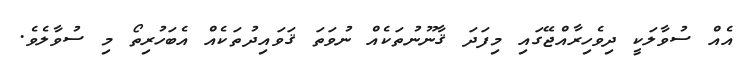
އެއް ސުވާލަކީ ދިވެހިރާއްޖޭގައި މިފަދަ ޤާނޫނުތަކެއް ނުވަތަ ޤަވައިދުތަކެއް އެބަހުރިތޯ މި ސުވާލެވެ.